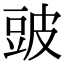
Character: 䜵